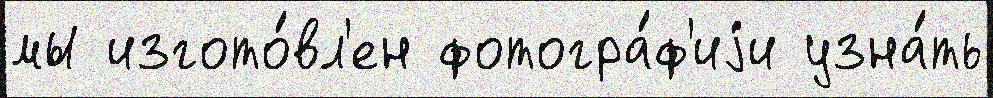
мы изгото́вл'ен фотогра́ф'иjи узна́ть